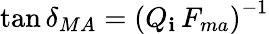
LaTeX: \tan\delta_{MA}=\left(Q_{\mathbf{i}}\, F_{ma}\right)^{-1}